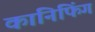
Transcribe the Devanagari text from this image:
कानिफिंग